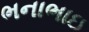
ભનાભાઇ